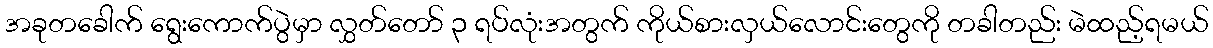
အခုတခေါက် ရွေးကောက်ပွဲမှာ လွှတ်တော် ၃ ရပ်လုံးအတွက် ကိုယ်စားလှယ်လောင်းတွေကို တခါတည်း မဲထည့်ရမယ်